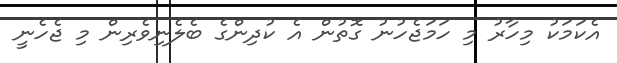
އެކަމަކު މިހާރު މި ހަމަޖެހުނު ގޮތުން އެ ކުދިންގެ ބެލެނިވެރިން މި ޖެހެނީ